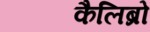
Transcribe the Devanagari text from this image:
कैलिब्रो